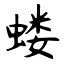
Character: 蝼